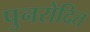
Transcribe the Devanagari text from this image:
पुनरोदित